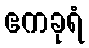
ဧကခုရံ